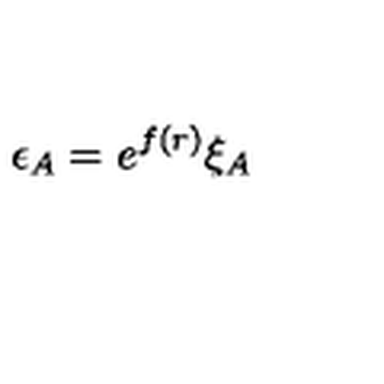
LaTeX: \epsilon _ { A } = e ^ { f ( r ) } \xi _ { A }